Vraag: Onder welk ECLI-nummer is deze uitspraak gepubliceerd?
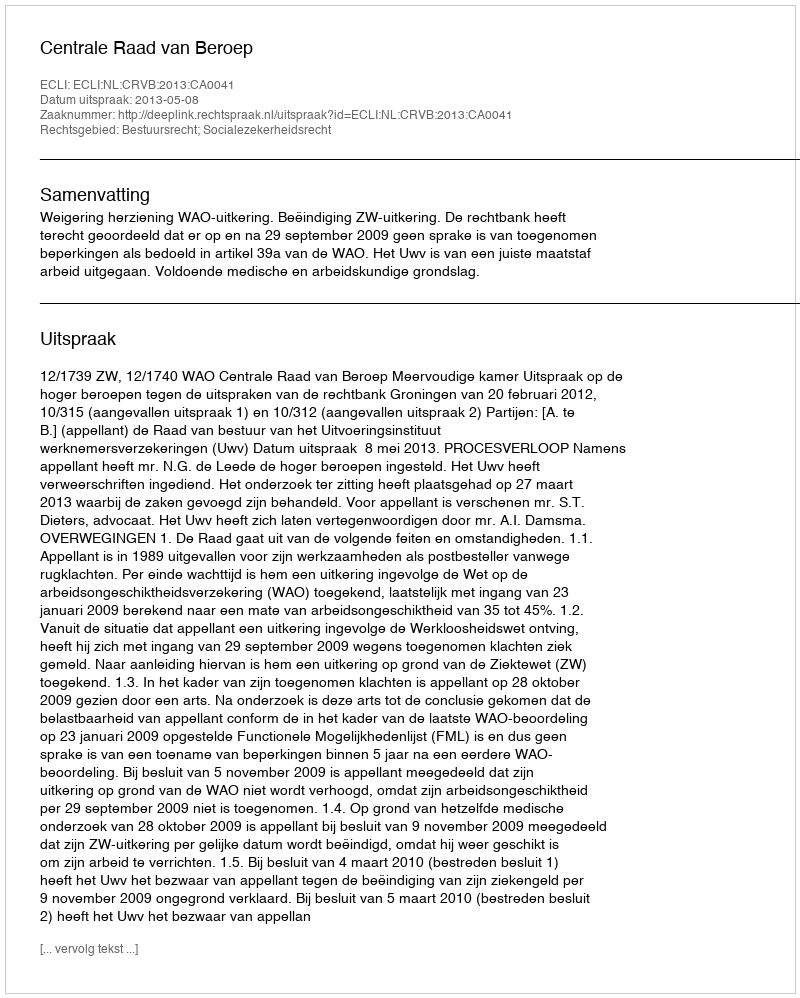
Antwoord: ECLI:NL:CRVB:2013:CA0041